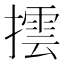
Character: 𢵆